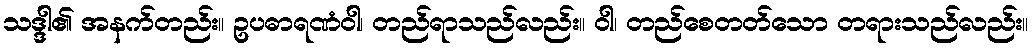
သဒ္ဒါ၏ အနက်တည်း။ ဥပဓာရဏံဝါ၊ တည်ရာသည်လည်း။ ဝါ၊ တည်စေတတ်သော တရားသည်လည်း။